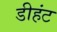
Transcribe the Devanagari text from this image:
डीहंट